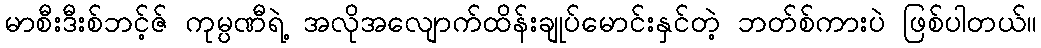
မာစီးဒီးစ်ဘင့်ဇ် ကုမ္ပဏီရဲ့ အလိုအလျောက်ထိန်းချုပ်မောင်းနှင်တဲ့ ဘတ်စ်ကားပဲ ဖြစ်ပါတယ်။